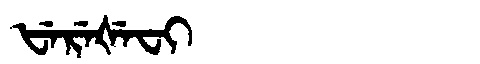
Manchu: ᡶᡝᡵᡝᡧᡝᠸᡳ
Romanization: FEREŠEFI